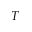
T